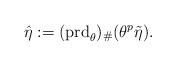
LaTeX: \begin{align*} \hat \eta := ({\rm prd}_\theta)_{\#}(\theta^p \tilde \eta). \end{align*}